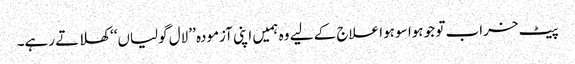
پیٹ خراب تو جو ہوا سو ہوا علاج کے لیے وہ ہمیں اپنی آزمودہ ’’لال گولیاں‘‘ کھلاتے رہے۔